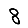
Digit: 8